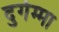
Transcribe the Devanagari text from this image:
दुर्गम्मा